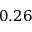
0 . 2 6